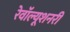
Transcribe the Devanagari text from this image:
रेवॉल्यूशनरी